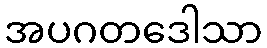
အပဂတဒေါသာ